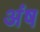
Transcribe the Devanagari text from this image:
अंष